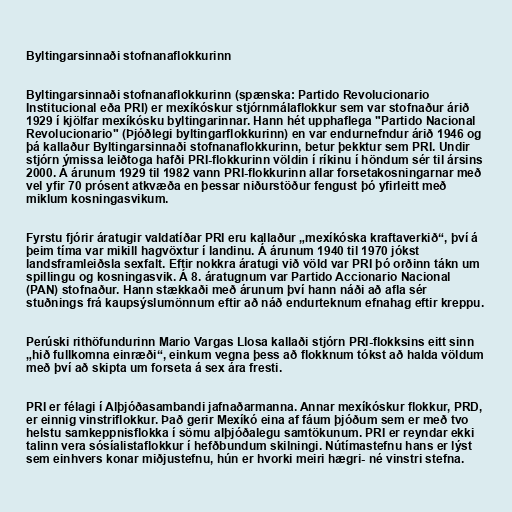
Byltingarsinnaði stofnanaflokkurinn

Byltingarsinnaði stofnanaflokkurinn (spænska: Partido Revolucionario
Institucional eða PRI) er mexíkóskur stjórnmálaflokkur sem var stofnaður árið
1929 í kjölfar mexíkósku byltingarinnar. Hann hét upphaflega "Partido Nacional
Revolucionario" (Þjóðlegi byltingarflokkurinn) en var endurnefndur árið 1946 og
þá kallaður Byltingarsinnaði stofnanaflokkurinn, betur þekktur sem PRI. Undir
stjórn ýmissa leiðtoga hafði PRI-flokkurinn völdin í ríkinu í höndum sér til ársins
2000. Á árunum 1929 til 1982 vann PRI-flokkurinn allar forsetakosningarnar með
vel yfir 70 prósent atkvæða en þessar niðurstöður fengust þó yfirleitt með
miklum kosningasvikum.

Fyrstu fjórir áratugir valdatíðar PRI eru kallaður „mexíkóska kraftaverkið“, því á
þeim tíma var mikill hagvöxtur í landinu. Á árunum 1940 til 1970 jókst
landsframleiðsla sexfalt. Eftir nokkra áratugi við völd var PRI þó orðinn tákn um
spillingu og kosningasvik. Á 8. áratugnum var Partido Accionario Nacional
(PAN) stofnaður. Hann stækkaði með árunum því hann náði að afla sér
stuðnings frá kaupsýslumönnum eftir að náð endurteknum efnahag eftir kreppu.

Perúski rithöfundurinn Mario Vargas Llosa kallaði stjórn PRI-flokksins eitt sinn
„hið fullkomna einræði“, einkum vegna þess að flokknum tókst að halda völdum
með því að skipta um forseta á sex ára fresti.

PRI er félagi í Alþjóðasambandi jafnaðarmanna. Annar mexíkóskur flokkur, PRD,
er einnig vinstriflokkur. Það gerir Mexíkó eina af fáum þjóðum sem er með tvo
helstu samkeppnisflokka í sömu alþjóðalegu samtökunum. PRI er reyndar ekki
talinn vera sósíalistaflokkur í hefðbundum skilningi. Nútímastefnu hans er lýst
sem einhvers konar miðjustefnu, hún er hvorki meiri hægri- né vinstri stefna.